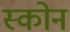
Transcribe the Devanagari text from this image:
स्कोन